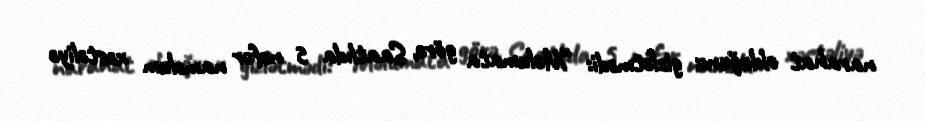
narahat olduğunu gizlətmədi: “Məlumata görə, Saatlıda 5 nəfər naməlum xəstəliyə